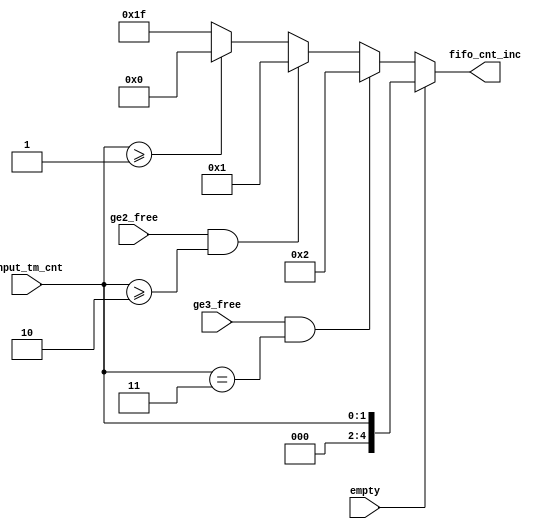
module nios_system_nios2_qsys_0_cpu_nios2_oci_fifo_cnt_inc (
                                                              empty,
                                                              ge2_free,
                                                              ge3_free,
                                                              input_tm_cnt,
                                                              fifo_cnt_inc
                                                           )
;
  output  [  4: 0] fifo_cnt_inc;
  input            empty;
  input            ge2_free;
  input            ge3_free;
  input   [  1: 0] input_tm_cnt;
  reg     [  4: 0] fifo_cnt_inc;
  always @(empty or ge2_free or ge3_free or input_tm_cnt)
    begin
      if (empty)
          fifo_cnt_inc = input_tm_cnt[1 : 0];
      else if (ge3_free & (input_tm_cnt == 3))
          fifo_cnt_inc = 2;
      else if (ge2_free & (input_tm_cnt >= 2))
          fifo_cnt_inc = 1;
      else if (input_tm_cnt >= 1)
          fifo_cnt_inc = 0;
      else 
        fifo_cnt_inc = {5{1'b1}};
    end
endmodule